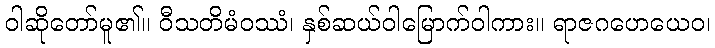
ဝါဆိုတော်မူ၏။ ဝီသတိမံဝဿံ၊ နှစ်ဆယ်ဝါမြောက်ဝါကား။ ရာဇဂဟေယေဝ၊